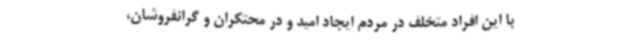
با این افراد متخلف در مردم ایجاد امید و در محتکران و گرانفروشان،